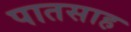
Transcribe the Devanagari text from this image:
पातसाह